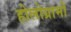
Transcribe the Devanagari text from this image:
होलोग्रामों